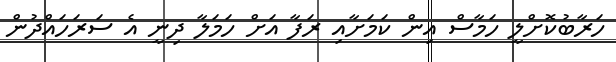
ހަރާބުކޮށްލީ ހަމާސް އިން ކަމަށާއި ރަފާ އަށް ހަމަލާ ދިނީ އެ ސަރަހައްދުން